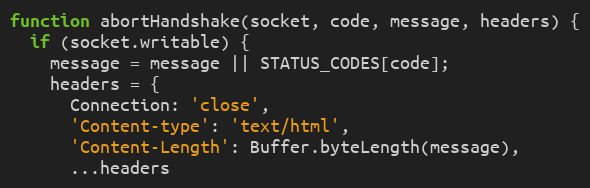
Language: JavaScript
function abortHandshake(socket, code, message, headers) {
  if (socket.writable) {
    message = message || STATUS_CODES[code];
    headers = {
      Connection: 'close',
      'Content-type': 'text/html',
      'Content-Length': Buffer.byteLength(message),
      ...headers